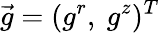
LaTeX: \vec{g}=(g^{r},~g^{z})^{T}